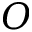
O